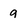
Character: 9